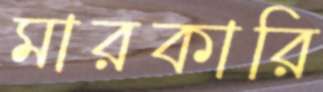
মারকারি